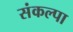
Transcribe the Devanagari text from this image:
संकल्पा